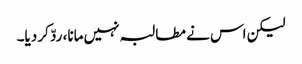
لیکن اس نے مطالبہ نہیں مانا، ردّ کر دیا۔